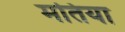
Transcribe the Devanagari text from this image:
मतिया